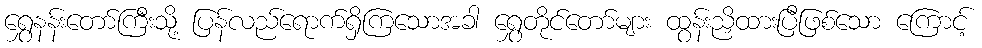
ရွှေနန်းတော်ကြီးသို့ ပြန်လည်ရောက်ရှိကြသောအခါ ရွှေတိုင်တော်များ ထွန်းညှိထားပြီဖြစ်သော ကြောင့်